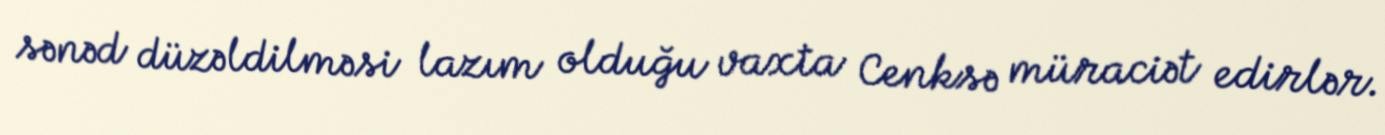
sənəd düzəldilməsi lazım olduğu vaxta Cenksə müraciət edirlər.